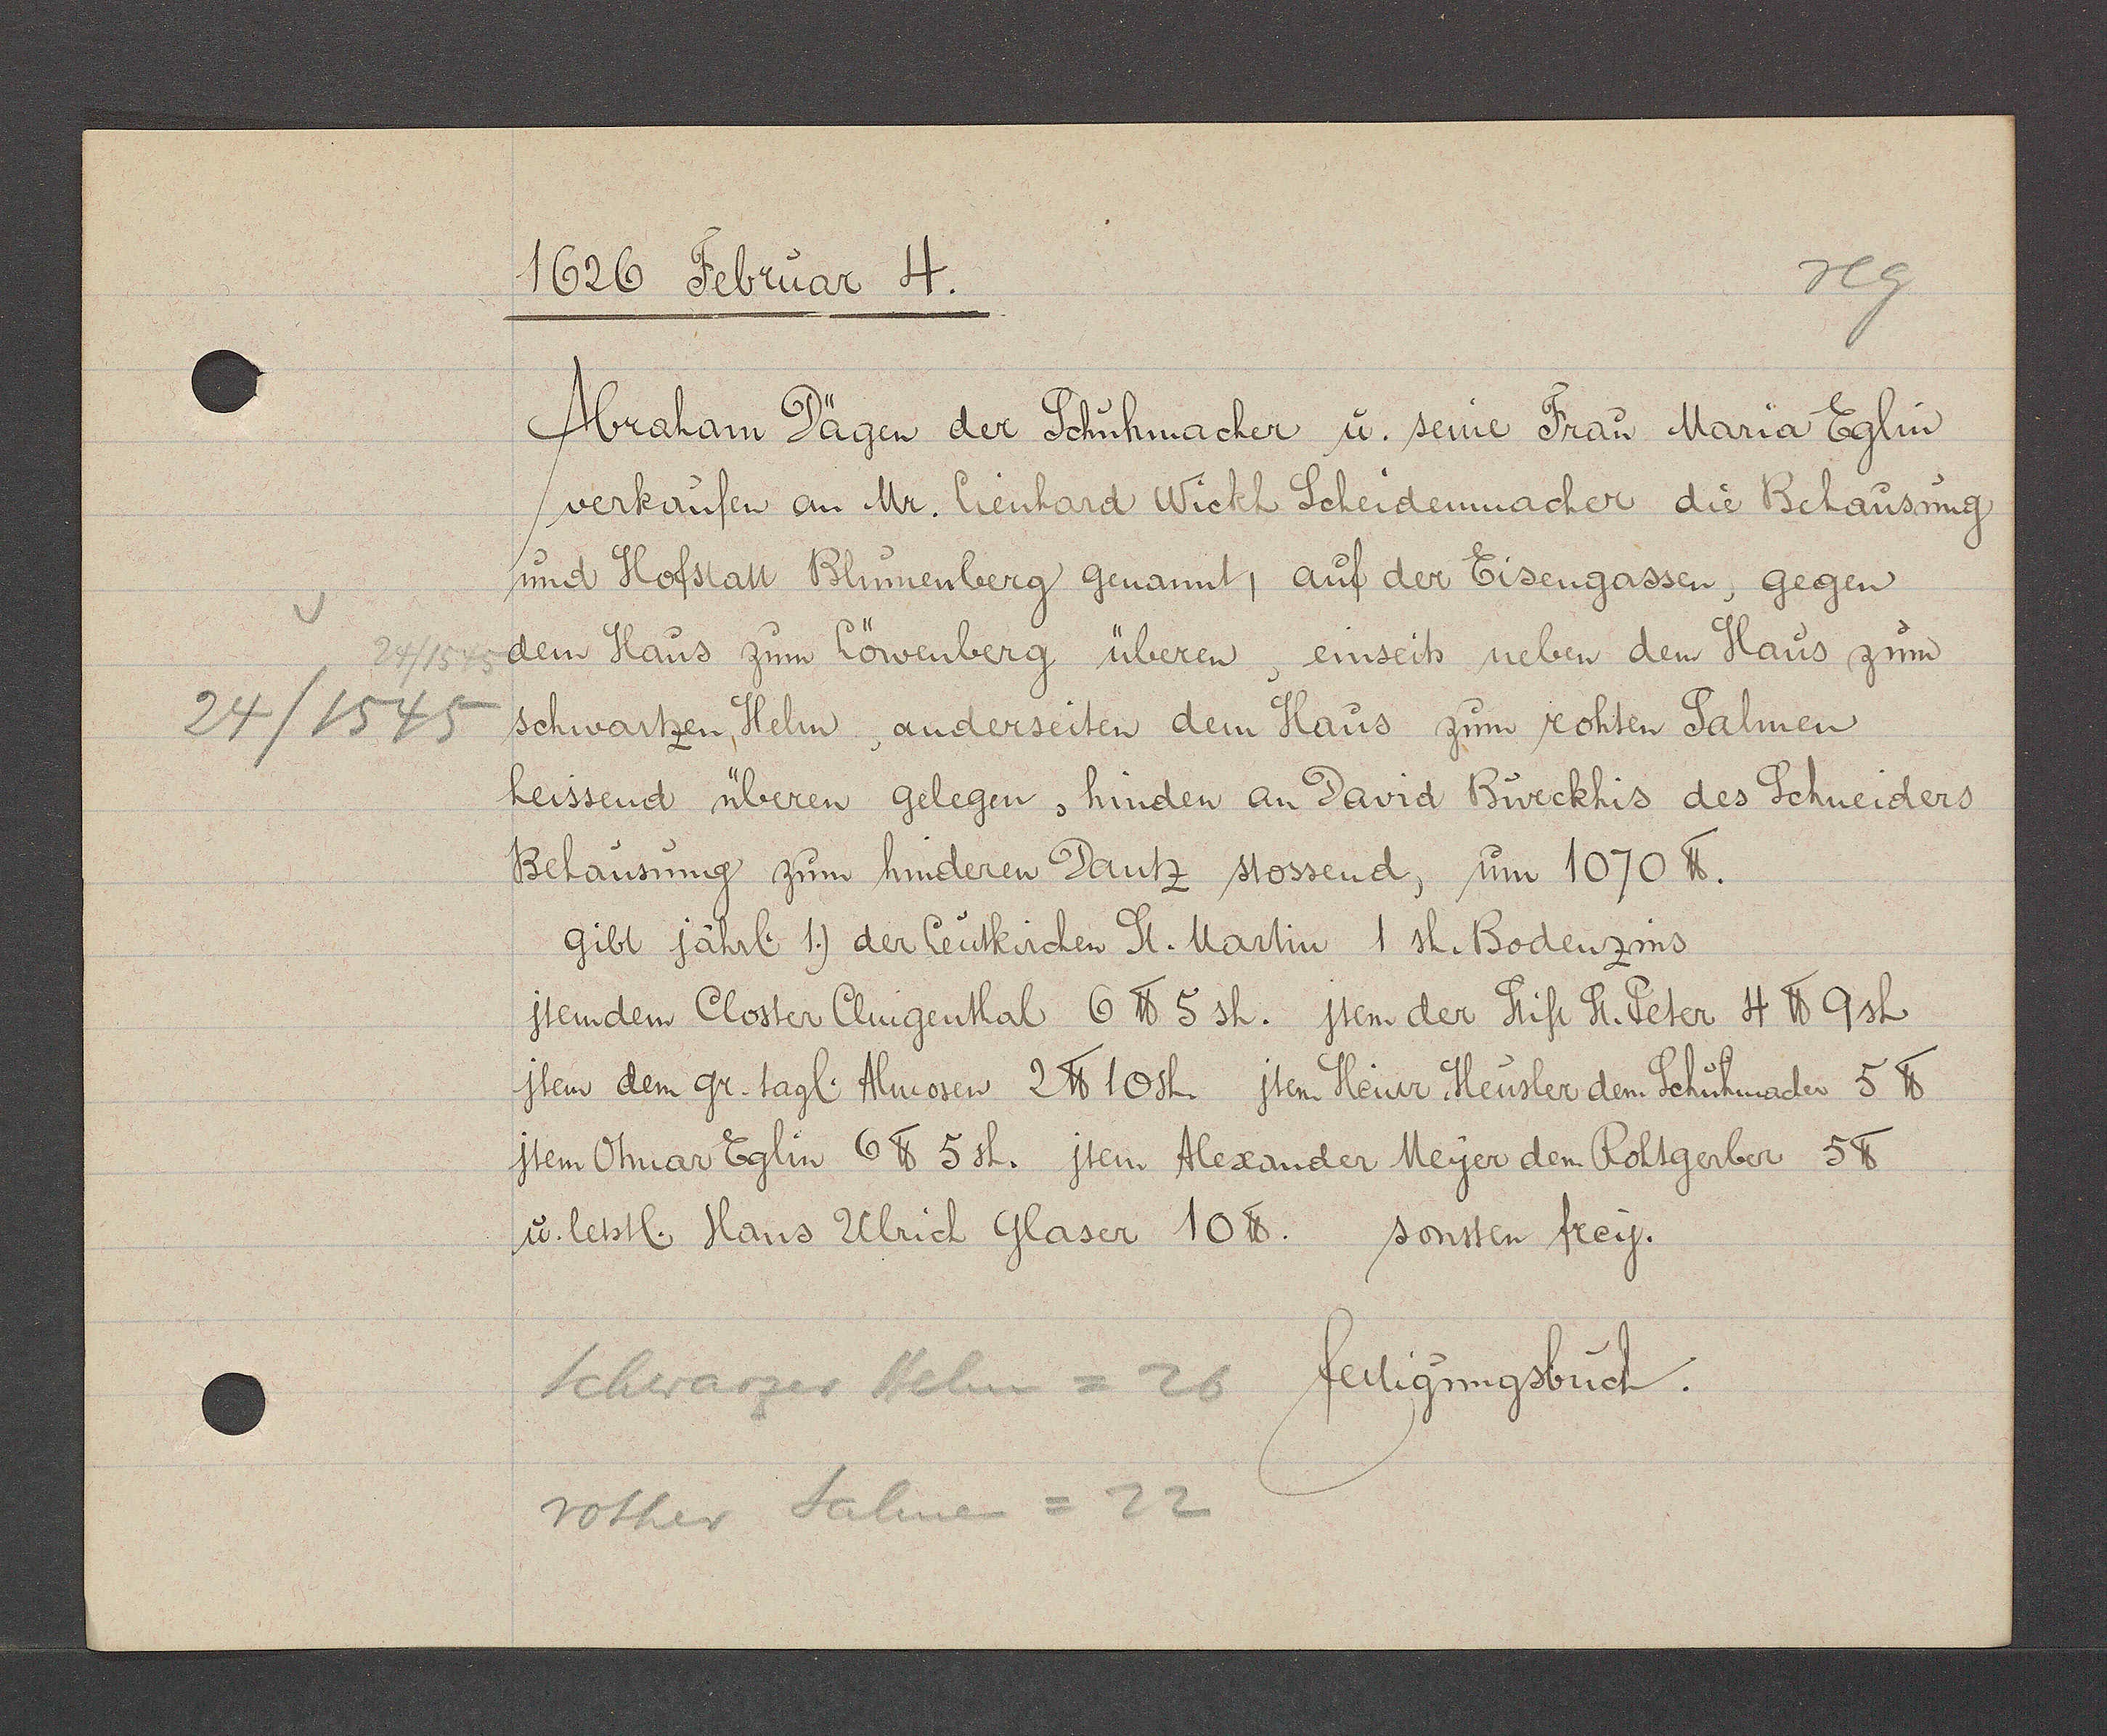
Transcript:
24/1545
24/1545

1626 Februar 4.
Abraham Dägen der Schuhmacher u. seine Frau Maria Eglin
verkaufen an Mr. Lienhard Wickl Scheidenmacher die Behausung
und Hofstatt Bluomenberg genannt, auf der Eisengassen, gegen
dem Haus zum Löwenberg überen, einseits neben dem Haus zum
Schwartzen Helm, anderseiten dem Haus zum rohten Salmen
heissend überen gelegen, hinden an David Bürcklis des Schneiders
Behausung zum hinderen Dantz stossend, um 1070 ℔.
Gibt Jährl. 1.) der leutkirchen St. Martin. 1 sh. Bodenzins
jtemdem Closter Clingenthal 6 ℔ 5 sh. Jtem der Stift St. Peter 4℔ 9sh.
jtem dem gr. tagl. Almosen 2 ℔ 10sh. jtem Heinr Heusler dem Schuhmacher 5 ℔
jtem Ohnar Eglin 6 ℔ 5 sh. jtem Alexander Meyer dem Rohtgerber 5℔
u. letstl. Hans Ulrich Glaser 10 ℔. sonsten frey.
Schwarzer Helm = 26 fertigungsbuch.
rother Salmen =22